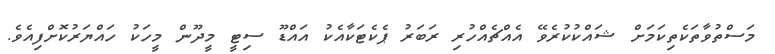
މަސްތުވާތަކެތިކަމަށް ޝައްކުކުރެވޭ އެއްޗެއްހުރި ރަބަރު ޕެކެޓަކާއެކު އައްޑޫ ސިޓީ މީދޫން މީހަކު ހައްޔަރުކޮށްފިއެވެ.